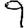
Digit: 9